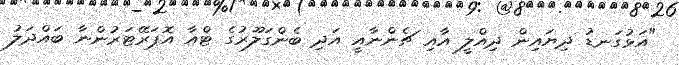
"އަޅުގަނޑު ދިޔައިން ދިއްލީ އާއި ޗެންނާއީ އަދި ބެންގަލޫރުގެ ޓްއާ އޮޕަރޭޓަރުންނާ ބައްދަލު